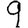
Digit: 9